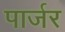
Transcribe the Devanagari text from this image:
पार्जर